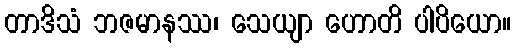
တာဒိသံ ဘဇမာနဿ၊ သေယျာ ဟောတိ ပါပိယော။